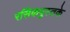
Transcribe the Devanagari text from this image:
रसिकपुस्तके